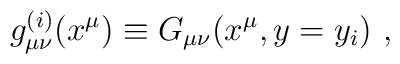
g_{\mu \nu}^{(i)} (x^{\mu}) \equiv G_{\mu \nu}(x^{\mu}, y=y_i) ~,~\,